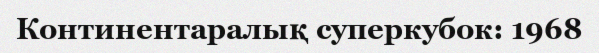
Континентаралық суперкубок: 1968